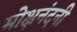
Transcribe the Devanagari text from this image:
मोक्षनंदनी